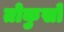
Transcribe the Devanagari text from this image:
तोकुसो